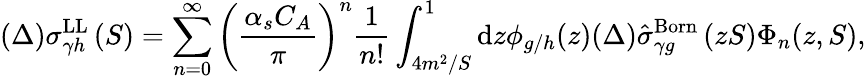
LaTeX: (\Delta)\sigma_{\gamma h}^{\mathrm{LL}}\left(S\right)=\sum_{n=0}^{\infty}\left(\frac{\alpha_{s}C_{A}}{\pi}\right)^{n}\frac{1}{n!}\int_{4m^{2}/S}^{1}\mathrm{d}z\phi_{g/h}(z)(\Delta)\hat{\sigma}_{\gamma g}^{\mathrm{Born}}\left(zS\right)\Phi_{n}(z,S),